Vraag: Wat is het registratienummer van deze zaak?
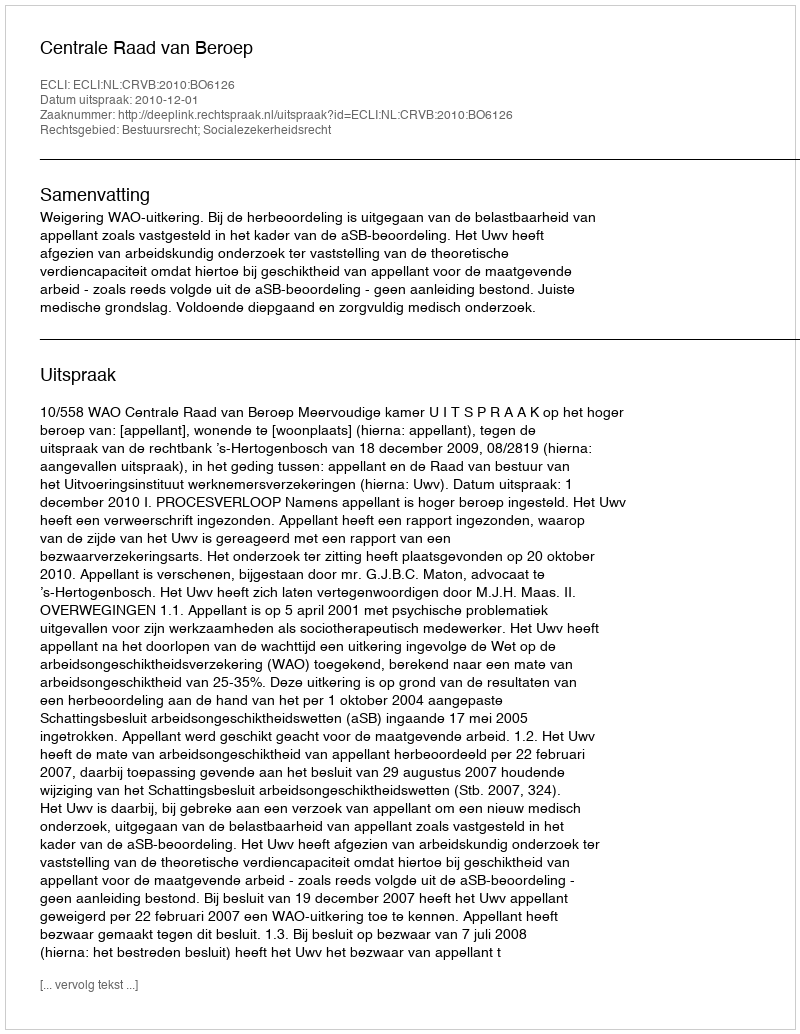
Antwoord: http://deeplink.rechtspraak.nl/uitspraak?id=ECLI:NL:CRVB:2010:BO6126